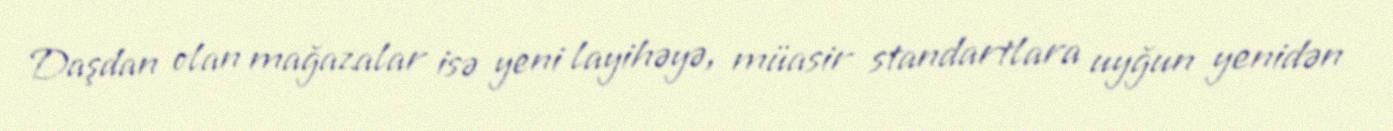
Daşdan olan mağazalar isə yeni layihəyə, müasir standartlara uyğun yenidən